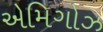
એમિગોઝ